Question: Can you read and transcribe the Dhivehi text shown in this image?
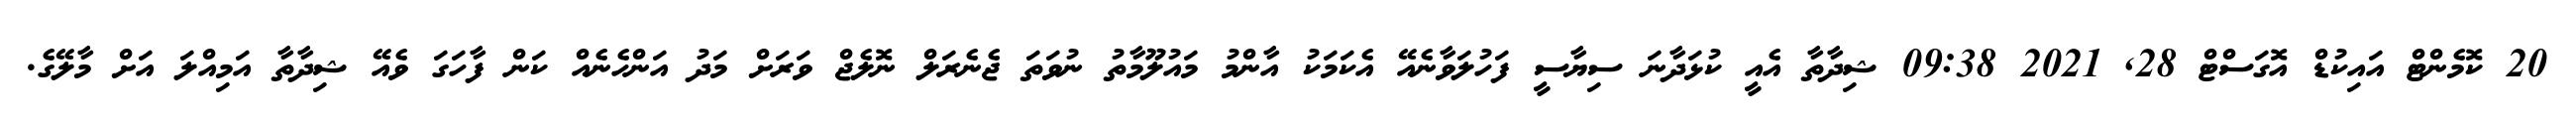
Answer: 20 ކޮމެންޓް އައިކުޑް އޮގަސްޓް 28, 2021 09:38 ޝިދާތާ އެއީ ކުޅަދާނަ ސިޔާސީ ފަހުލަވާނެއޭ އެކަމަކު އާންމު މައުލޫމާތު ނުވަތަ ޖެނެރަލް ނޮލެޖް ވަރަށް މަދު އަންހެނެއް ކަން ފާހަގަ ވެއޭ ޝިދާތާ އަމިއްލަ އަށް މާލޭގެ.